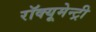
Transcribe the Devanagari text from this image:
रॉक्यूमेन्ट्री